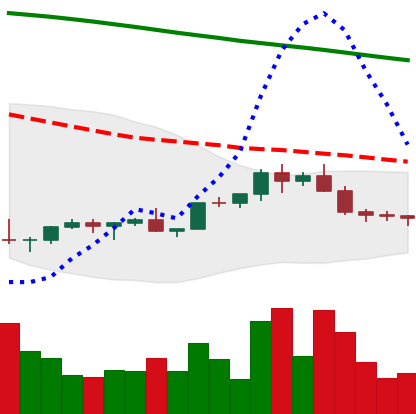
Ticker: EOS-USD
Chart end date: 2022-02-14
Forward return: -3.527%
Label: down_3_5